Report on horse surra - Volume II, Part II
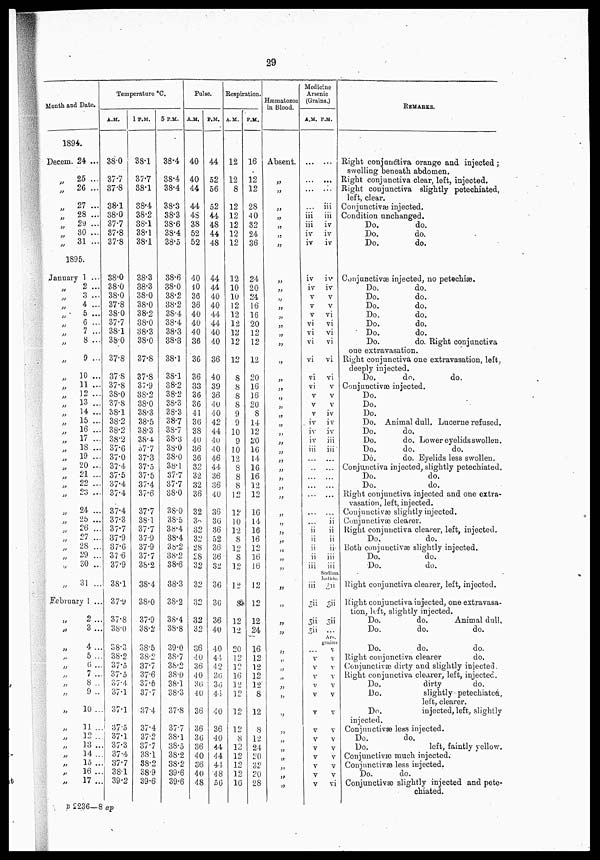
29
Month and Date.
1894.
Decern.
„
„
„
„
„
„
„
24 ...
25 ...
26 ...
27 ...
28 ...
29 ...
30 ...
31 ...
1895.
January
„
„
„
„
„
„
„
„
„
„
„
„
„
„
„
„
„
„
„
„
„
„
„
„
„
„
„
„
„
„
1 ...
2 ...
3 ...
4 ...
5 ...
6 ...
7 ...
8 ...
9 ...
10 ...
11 ...
]2 ...
13 ...
14 ...
15 ...
16 ...
17 ...
18 ...
19 ...
20 ...
21 ...
22 ...
23 ...
24 ...
2b ...
26 ...
27 ...
28 ...
29 ...
30 ...
31 ...
February 1 ...
„
„
„
„
„
„
„
„
„
„
„
„
„
„
„
„
2 ..
3 ...
4..
5 ..
0 ..
7 ..
8 ..
9 ..
10 ..
11.
12 ..
13 ..
14 ..
15 ..
16 ..
17 ..
Temperature °C.
A.M.
38.0
37.7
37.8
38.1
38.0
37.7
37.8
37.8
38.0
38.0
38.0
37.8
38.0
37.7
38.1
38.0
37.8
37.8
37.8
38.0
37.8
38.1
38.2
38.2
38.2
37.6
37.0
37.4
37.5
37.4
37.4
37.4
37.3
37.7
37.9
87.6
37.6
37.9
38.1
37.9
37.8
38.0
38.3
38.2
37.5
37.5
37. 4
37.1
37.1
37.5
37.1
37.3
37.4
37.7
38.1
39.2
1 P.M.
38.1
37.7
38.1
38.4
38.2
88.1
38.1
38.1
38.3
38.3
38.0
38.0
38.2
38.0
88.3
38.0
37.8
37.8
37.9
38.2
38.0
38.3
38.5
38.3
38.4
37.7
37.3
37.5
37.5
37.4
37.6
37.7
38.1
37.7
37.9
37.9
37.7
38.2
38.4
38..0
37.9
38.2
38.5
38.2
37.7
37.6
37.5
37.7
37.4
37.4
37.2
37.7
38.1
38.2
38.9
39.6
5 P.M.
38.4
38.4
38.4
38.3
38.3
38.6
38.4
38.5
38.6
38.0
38.2
38.2
38.4
38.4
38.3
38.3
38.1
38.1
38.2
38.2
38.3
38.3
38.7
38.7
38.3
38.0
38.0
38.1
37.7
37.7
38.0
38.0
38.5
38.4
38.4
38.2
38.2
38.6
38.3
38.2
38.4
38.8
Pulse.
A.M.
40
40
44
44
48
38
52
52
40
40
36
36
40
40
40
36
36
36
33
36
36
41
36
38
40
86
36
32
32
32
36
32
30
32
32
28
28
32
32
32
32
32
39.0 36
38.7
38.2
38.0
38.1
38.3
37.8
37.7
38.1
38.5
38.2
38.2
39.6
39.6
40
36
40
30
40
36
36
30
36
40
36
40
48
P.M.
44
52
56
52
44
48
44
48
44
44
40
40
44
44
40
40
36
40
39
36
40
40
42
44
40
40
46
44.
36
36
40
36
30
36
52
36
36
32
36
36
36
40
40
44
42
36
36
44
40
36
40
44
44
44
48
56
Respiration.
A.M.
12
12
8
12
12
12
12
12
12
10
10
12
12
12
12
12
12
8
8
8
8
9
9
10
9
10
12
8
8
8
12
12
10
12
8
12
8
12
12
8
12
12
20
12
12
16
12
12
12
12
8
12
12
12
12
16
P.M.
16
12
12
28
40
32
24
36
24
20
24
16
16
20
12
12
12
20
16
16
20
8
14
12
20
16
14
16
16
12
12
16
14
16
16
12
16
16
12
12
12
24
16
12
12
12
12
8
12
8
12
24
20
32
20
28
Hæmatozoa
in Blood.
Absent.
„
„
„
„
„
„
„
„
„
„
„
„
„
„
„
„
„
„
„
„
„
„
,„
„
„
„
„
„
„
„
„
„
„
„
„
„
„
„
„
„
„
„
„
„
„
„
„
„
„
„
„
„
„
Medicine
Arsenic
(Grains.)
A.M.
...
...
...
iii
iii
iv
iv
iv
iv
v
v
v
vi
vi
vi
vi
vi
vi
v
v
v
iv
iv
iv
iii
...
...
...
...
...
....
ii
ii
ii
ii
iii
iii
3ii
3ii
3ii
v
v
v
v
v
v
v
v
v
v
v
v
v
P.M.
...
...
...
iii
iii
iv
iv
iv
iv
iv
v
v
vi
vi
vi
vi
vi
vi
v
v
v
iv
iv
iv
iii
iii
...
...
...
...
...
ii
ii
ii
ii
iii
iii
Sodiun
lodide.
3ii
3ii
3ii
Ars.
grains
v
v
v
v
v
v
v
v
v
v
v
v
v
vi
REMARKS.
Right conjunctiva orange and injected;
swelling beneath abdomen.
Right conjunctiva clear, left, injected.
Right conjunctiva slightly petechiated,
left, clear.
Conjunctivæ injected.
Condition unchanged.
Do.
do.
Do.
do.
Do.
do.
Conjunctivæ injected, no petechiæ.
Do.
do.
Do.
do.
Do.
do.
Do.
do.
Do.
do.
Do.
do.
Do.
do. Right conjunctiva
one extravasation.
Right conjunctiva one extravasation, left,
deeply injected.
Do.
do.
do.
Conjunctivæ injected.
Do.
Do.
Do.
Do. Animal dull. Lucerne refused.
Do.
do.
Do.
do. Lower eyelids swollen.
Do.
do.
do.
Do.
do. Eyelids less swollen.
Conjunctivæ injected, slightly petechiated.
Do.
do.
Do.
do.
Right conjunctiva injected and one extra-
vasation, left, injected.
Conjunctivæ slightly injected.
Conjunctivæ clearer.
Right conjunctiva clearer, left, injected.
Do.
do.
Both conjunctivæ slightly injected.
Do.
do.
Do.
do.
Right conjunctiva clearer, left, injected.
Right conjunctiva injected, one extravasa-
tion, left, slightly injected.
Do.
do.
Animal dull.
Do.
do.
do.
Do.
do.
do.
Right conjunctiva clearer
do.
Conjunctivæ dirty and slightly injected,
Right conjunctiva clearer, left, injected.
Do.
dirty
do.
Do.
slightly petechiated,
left, clearer.
Do.
injected, left, slightly
injected.
Conjunctivæ less injected.
Do.
do.
Do.
left, faintly yellow.
Conjunctivæ much injected.
Conjunctivæ less injected.
Do.
do.
Conjunctivæ slightly injected and pete-
chiated.